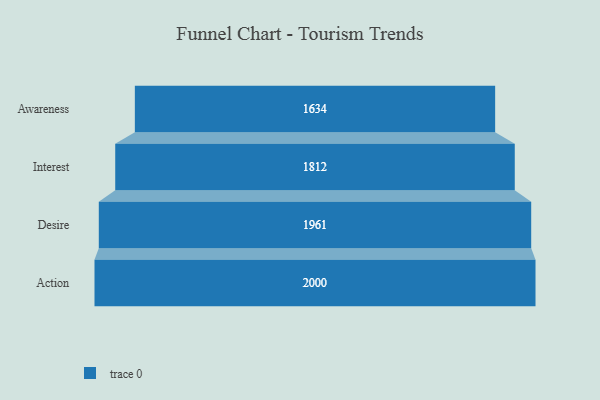
{"axis": {"x": "Stage", "y": "Value"}, "legend": [""], "data": [{"x": "Awareness", "y": 1634.0, "type": ""}, {"x": "Interest", "y": 1812.0, "type": ""}, {"x": "Desire", "y": 1961.0, "type": ""}, {"x": "Action", "y": 2000, "type": ""}]}